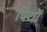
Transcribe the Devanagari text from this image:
पिथों